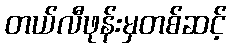
တယ်လီဖုန်းမှတစ်ဆင့်